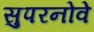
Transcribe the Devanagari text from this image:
सुपरनोवे